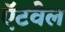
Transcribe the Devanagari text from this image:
ऍटवेल